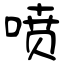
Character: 喷